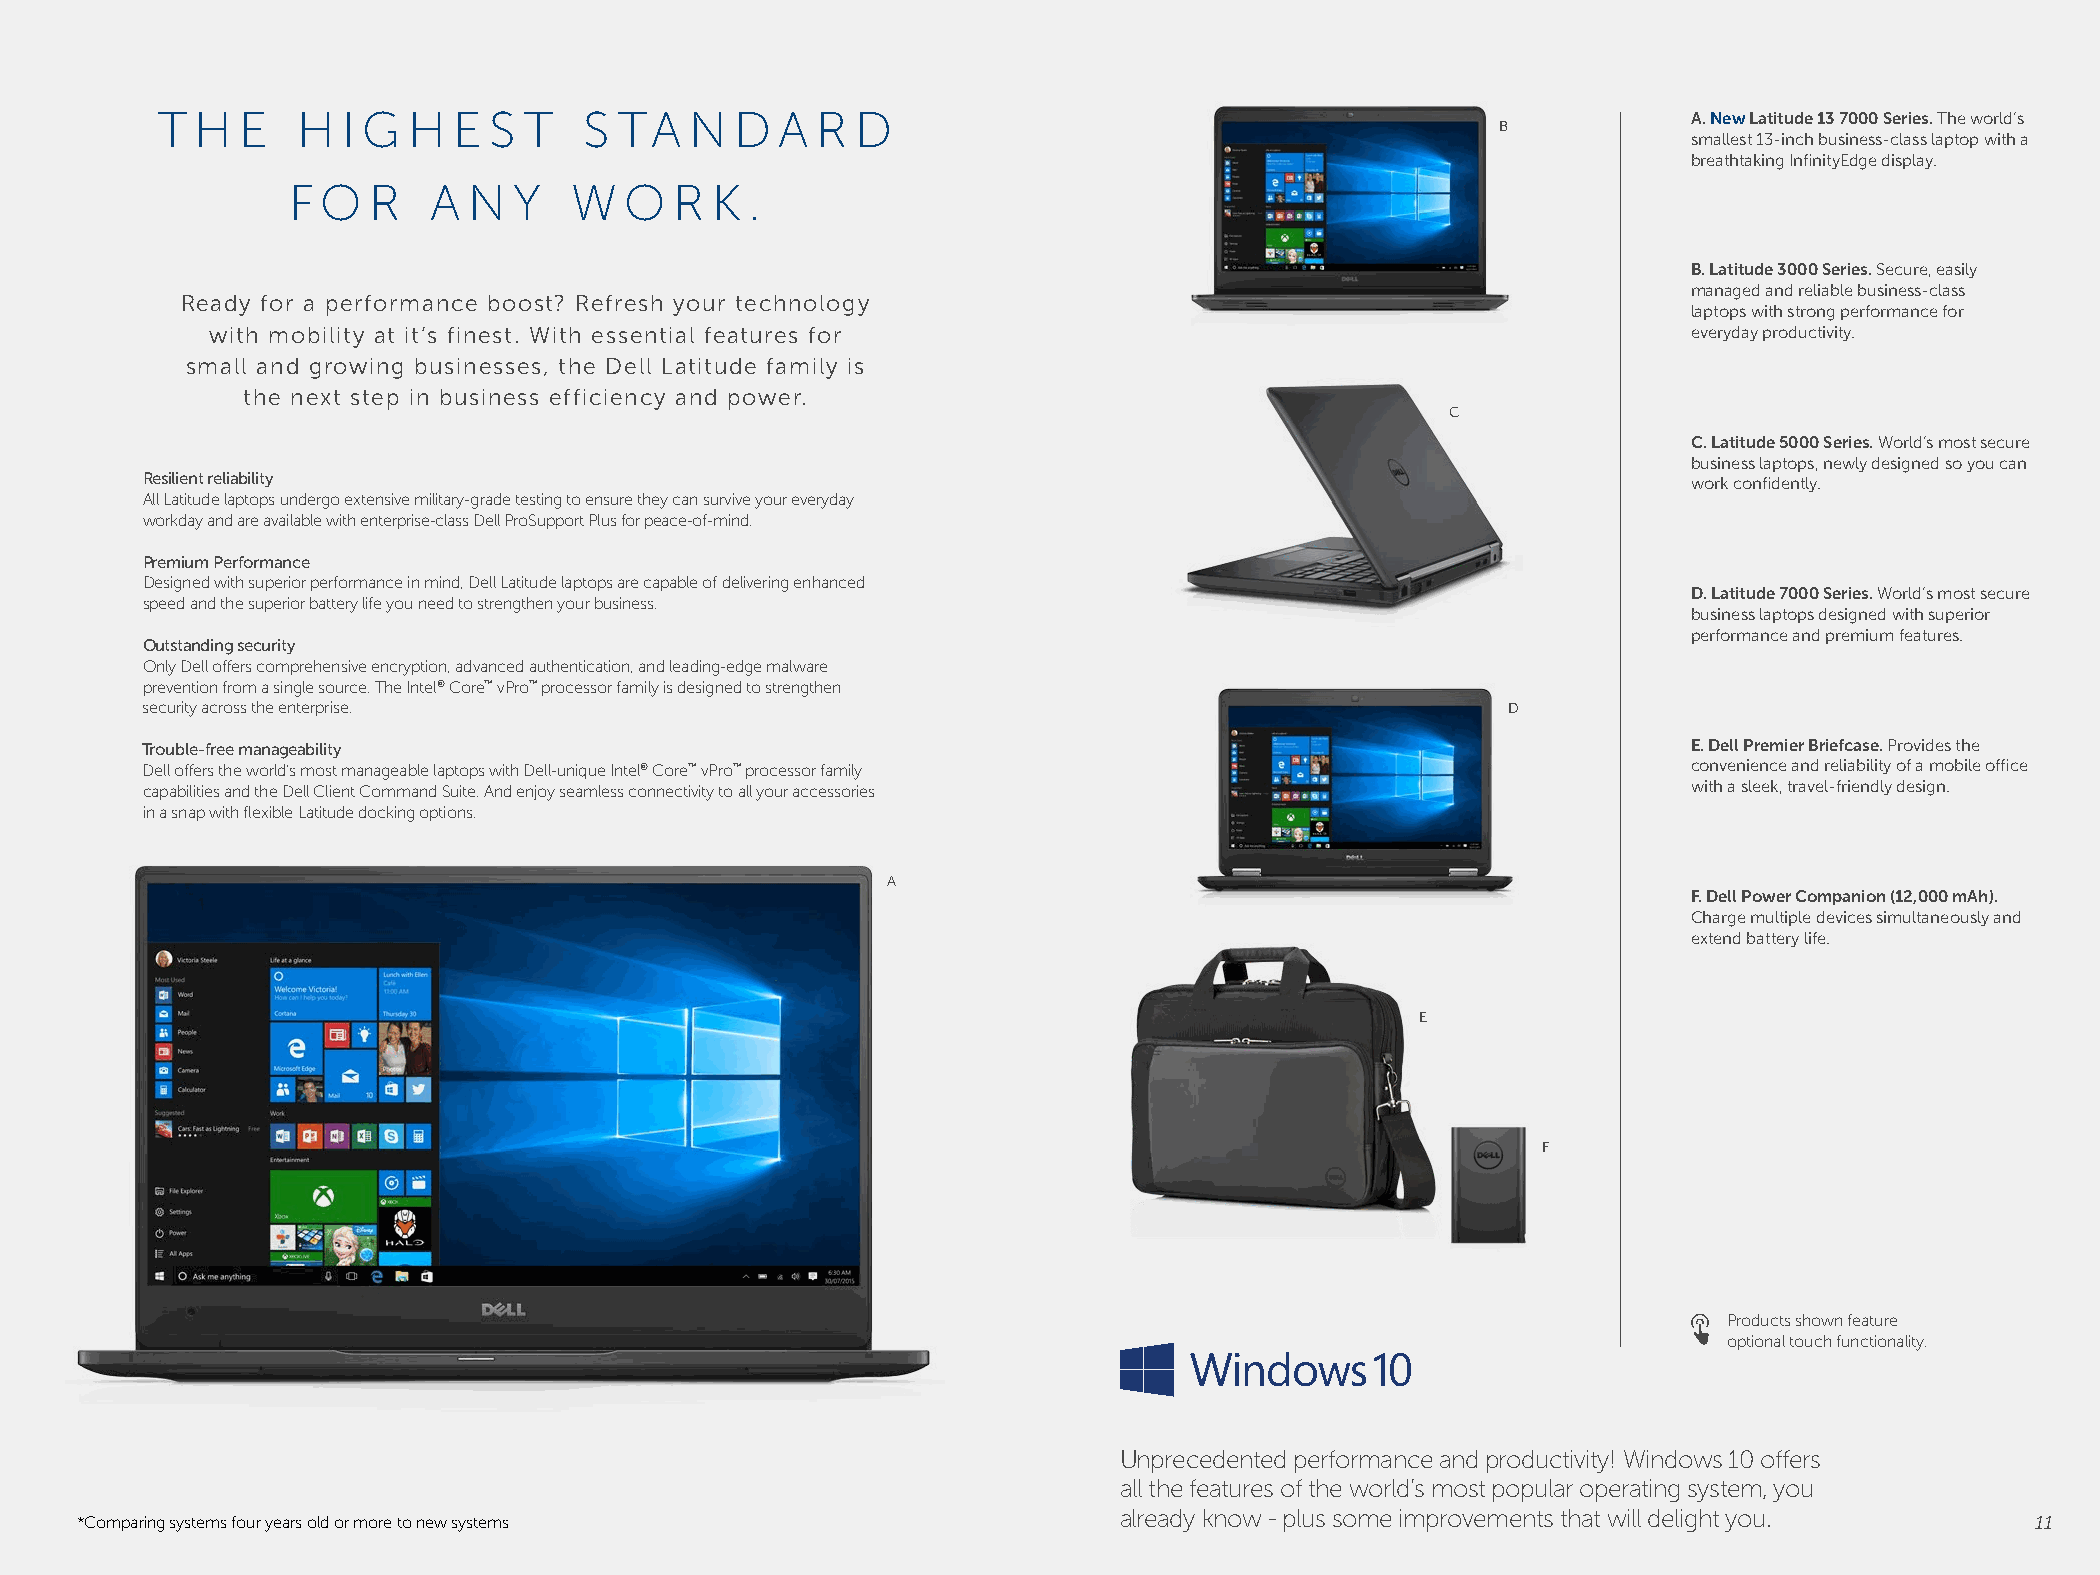
T  H  E   H  I G H  E S  T   S TA   N  D  A R  D                                                      A. New Latitude 13 7000 Series. The world’s
 B
 smallest 13-inch business-class laptop with a
 breathtaking InfinityEdge display.
 F O   R   A N  Y   W  O   R K  .
 B. Latitude 3000 Series. Secure, easily
 managed and reliable business-class
 Ready for a performance boost? Refresh your technology
 laptops with strong performance for
 with mobility at it’s finest. With essential features for                                         everyday productivity.
 small and growing businesses, the Dell Latitude family is
 the next step in business efficiency and power.
 C
 C. Latitude 5000 Series. World’s most secure
 business laptops, newly designed so you can
 Resilient reliability                                                                                  work confidently.
 All Latitude laptops undergo extensive military-grade testing to ensure they can survive your everyday
 workday and are available with enterprise-class Dell ProSupport Plus for peace-of-mind.
 Premium Performance
 Designed with superior performance in mind, Dell Latitude laptops are capable of delivering enhanced
 D. Latitude 7000 Series. World’s most secure
 speed and the superior battery life you need to strengthen your business.
 business laptops designed with superior
 performance and premium features.
 Outstanding security
 Only Dell offers comprehensive encryption, advanced authentication, and leading-edge malware
 prevention from a single source. The Intel® Core™ vPro™ processor family is designed to strengthen
 security across the enterprise.                                                            D
 Trouble-free manageability                                                                             E. Dell Premier Briefcase. Provides the
 Dell offers the world’s most manageable laptops with Dell-unique Intel® Core™ vPro™ processor family   convenience and reliability of a mobile office
 capabilities and the Dell Client Command Suite. And enjoy seamless connectivity to all your accessories with a sleek, travel-friendly design.
 in a snap with flexible Latitude docking options.
 A
 F. Dell Power Companion (12,000 mAh).
 Charge multiple devices simultaneously and
 extend battery life.
 E
 F
 Products shown feature
 optional touch functionality.
 Unprecedented performance and productivity! Windows 10 offers
 all the features of the world’s most popular operating system, you
 already know - plus some improvements that will delight you.
 *Comparing systems four years old or more to new systems                                                                          11